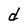
Character: d